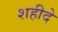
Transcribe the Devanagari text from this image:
शहीदे